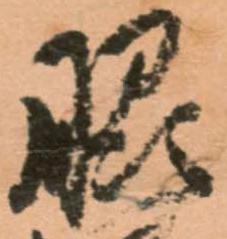
脇